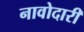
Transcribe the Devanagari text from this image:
नावोदारी